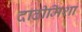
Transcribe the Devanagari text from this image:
दाढीमिशा